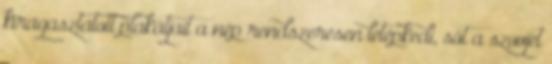
kiragasztatott plakátjait a nép rendszeresen letépkedi, sőt a szovjet